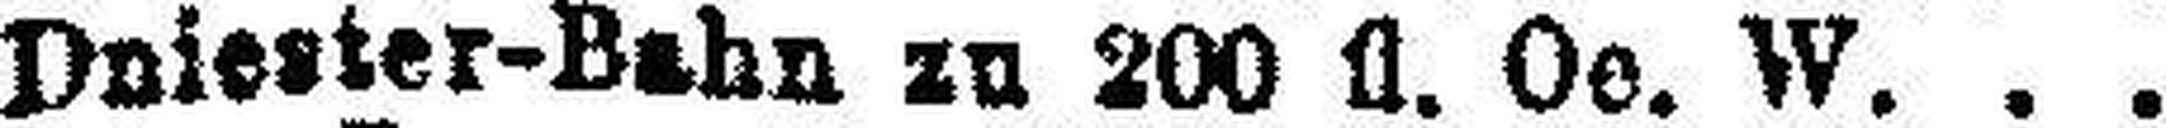
Dniester-Bahn zu 200 fl. Oe. W.